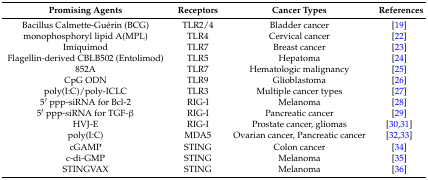
| Promising Agents | Receptors | Cancer Types | References |
 | --- | --- | --- | --- |
 | Bacillus Calmette-Guérin (BCG) | TLR2/4 | Bladder cancer | [19] |
 | monophosphoryl lipid A(MPL) | TLR4 | Cervical cancer | [22] |
 | Imiquimod | TLR7 | Breast cancer | [23] |
 | Flagellin-derived CBLB502 (Entolimod) | TLR5 | Hepatoma | [24] |
 | 852A | TLR7 | Hematologic malignancy | [25] |
 | CpG ODN | TLR9 | Glioblastoma | [26] |
 | poly(I:C)/poly-ICLC | TLR3 | Multiple cancer types | [27] |
 | 5′ ppp-siRNA for Bcl-2 | RIG-I | Melanoma | [28] |
 | 5′ ppp-siRNA for TGF-β | RIG-I | Pancreatic cancer | [29] |
 | HVJ-E | RIG-I | Prostate cancer, gliomas | [30,31] |
 | poly(I:C) | MDA5 | Ovarian cancer, Pancreatic cancer | [32,33] |
 | cGAMP | STING | Colon cancer | [34] |
 | c-di-GMP | STING | Melanoma | [35] |
 | STINGVAX | STING | Melanoma | [36] |